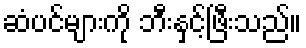
ဆံပင်များကို ဘီးနှင့်ဖြီးသည်။